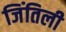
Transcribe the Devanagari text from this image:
जिंतिली